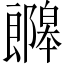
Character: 𫑯